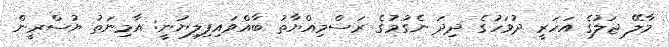
މާލޭ ޖަލުގެ އަހަރީ ދުވަހުގެ ދިދަ ނެގުމުގެ ރަސްމިއްޔާތު ބާއްވައިފިލިޔުނީ: އާމިނަތު ޔުސްރީން